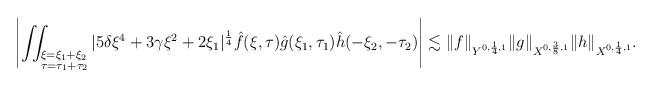
LaTeX: \begin{align*} \left | \iint_{\begin{subarray}{l}\\ \xi=\xi_{1}+\xi_{2}\\ \tau=\tau_{1}+\tau_{2} \end {subarray}} | 5\delta \xi^{4}+3\gamma \xi^{2}+2 \xi_1 |^{\frac{1}{4}}\hat{f}(\xi, \tau)\hat{g}(\xi_1, \tau_1)\hat{h}(-\xi_2,-\tau_2) \right | \lesssim \| f\|_{Y^{0,\frac14,1}} \|g\|_{X^{0,\frac38,1}} \|h\|_{X^{0,\frac14,1}}. \end{align*}